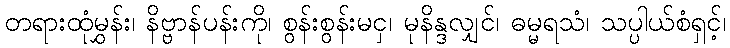
တရားထုံမွှန်း၊ နိဗ္ဗာန်ပန်းကို၊ စွန်းစွန်းမငှ၊ မုနိန္ဒလျှင်၊ ဓမ္မရသံ၊ သပ္ပါယ်စံရှင့်၊